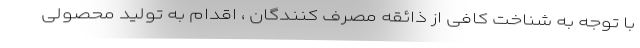
با توجه به شناخت کافی از ذائقه مصرف کنندگان ، اقدام به تولید محصولی